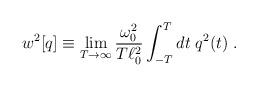
LaTeX: \begin{align*}w^2[q] \equiv \lim_{T \rightarrow \infty} {\omega_0^2 \over T \ell_0^2} \int_{-T}^T dt \; q^2(t) \; . \end{align*}